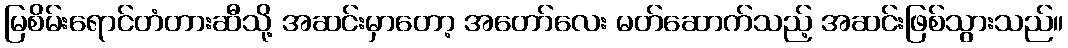
မြစိမ်းရောင်တံတားဆီသို့ အဆင်းမှာတော့ အတော်လေး မတ်ဆောက်သည့် အဆင်းဖြစ်သွားသည်။